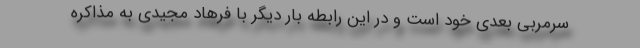
سرمربی بعدی خود است و در این رابطه بار دیگر با فرهاد مجیدی به مذاکره